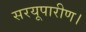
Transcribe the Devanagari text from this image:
सरयूपारीण।